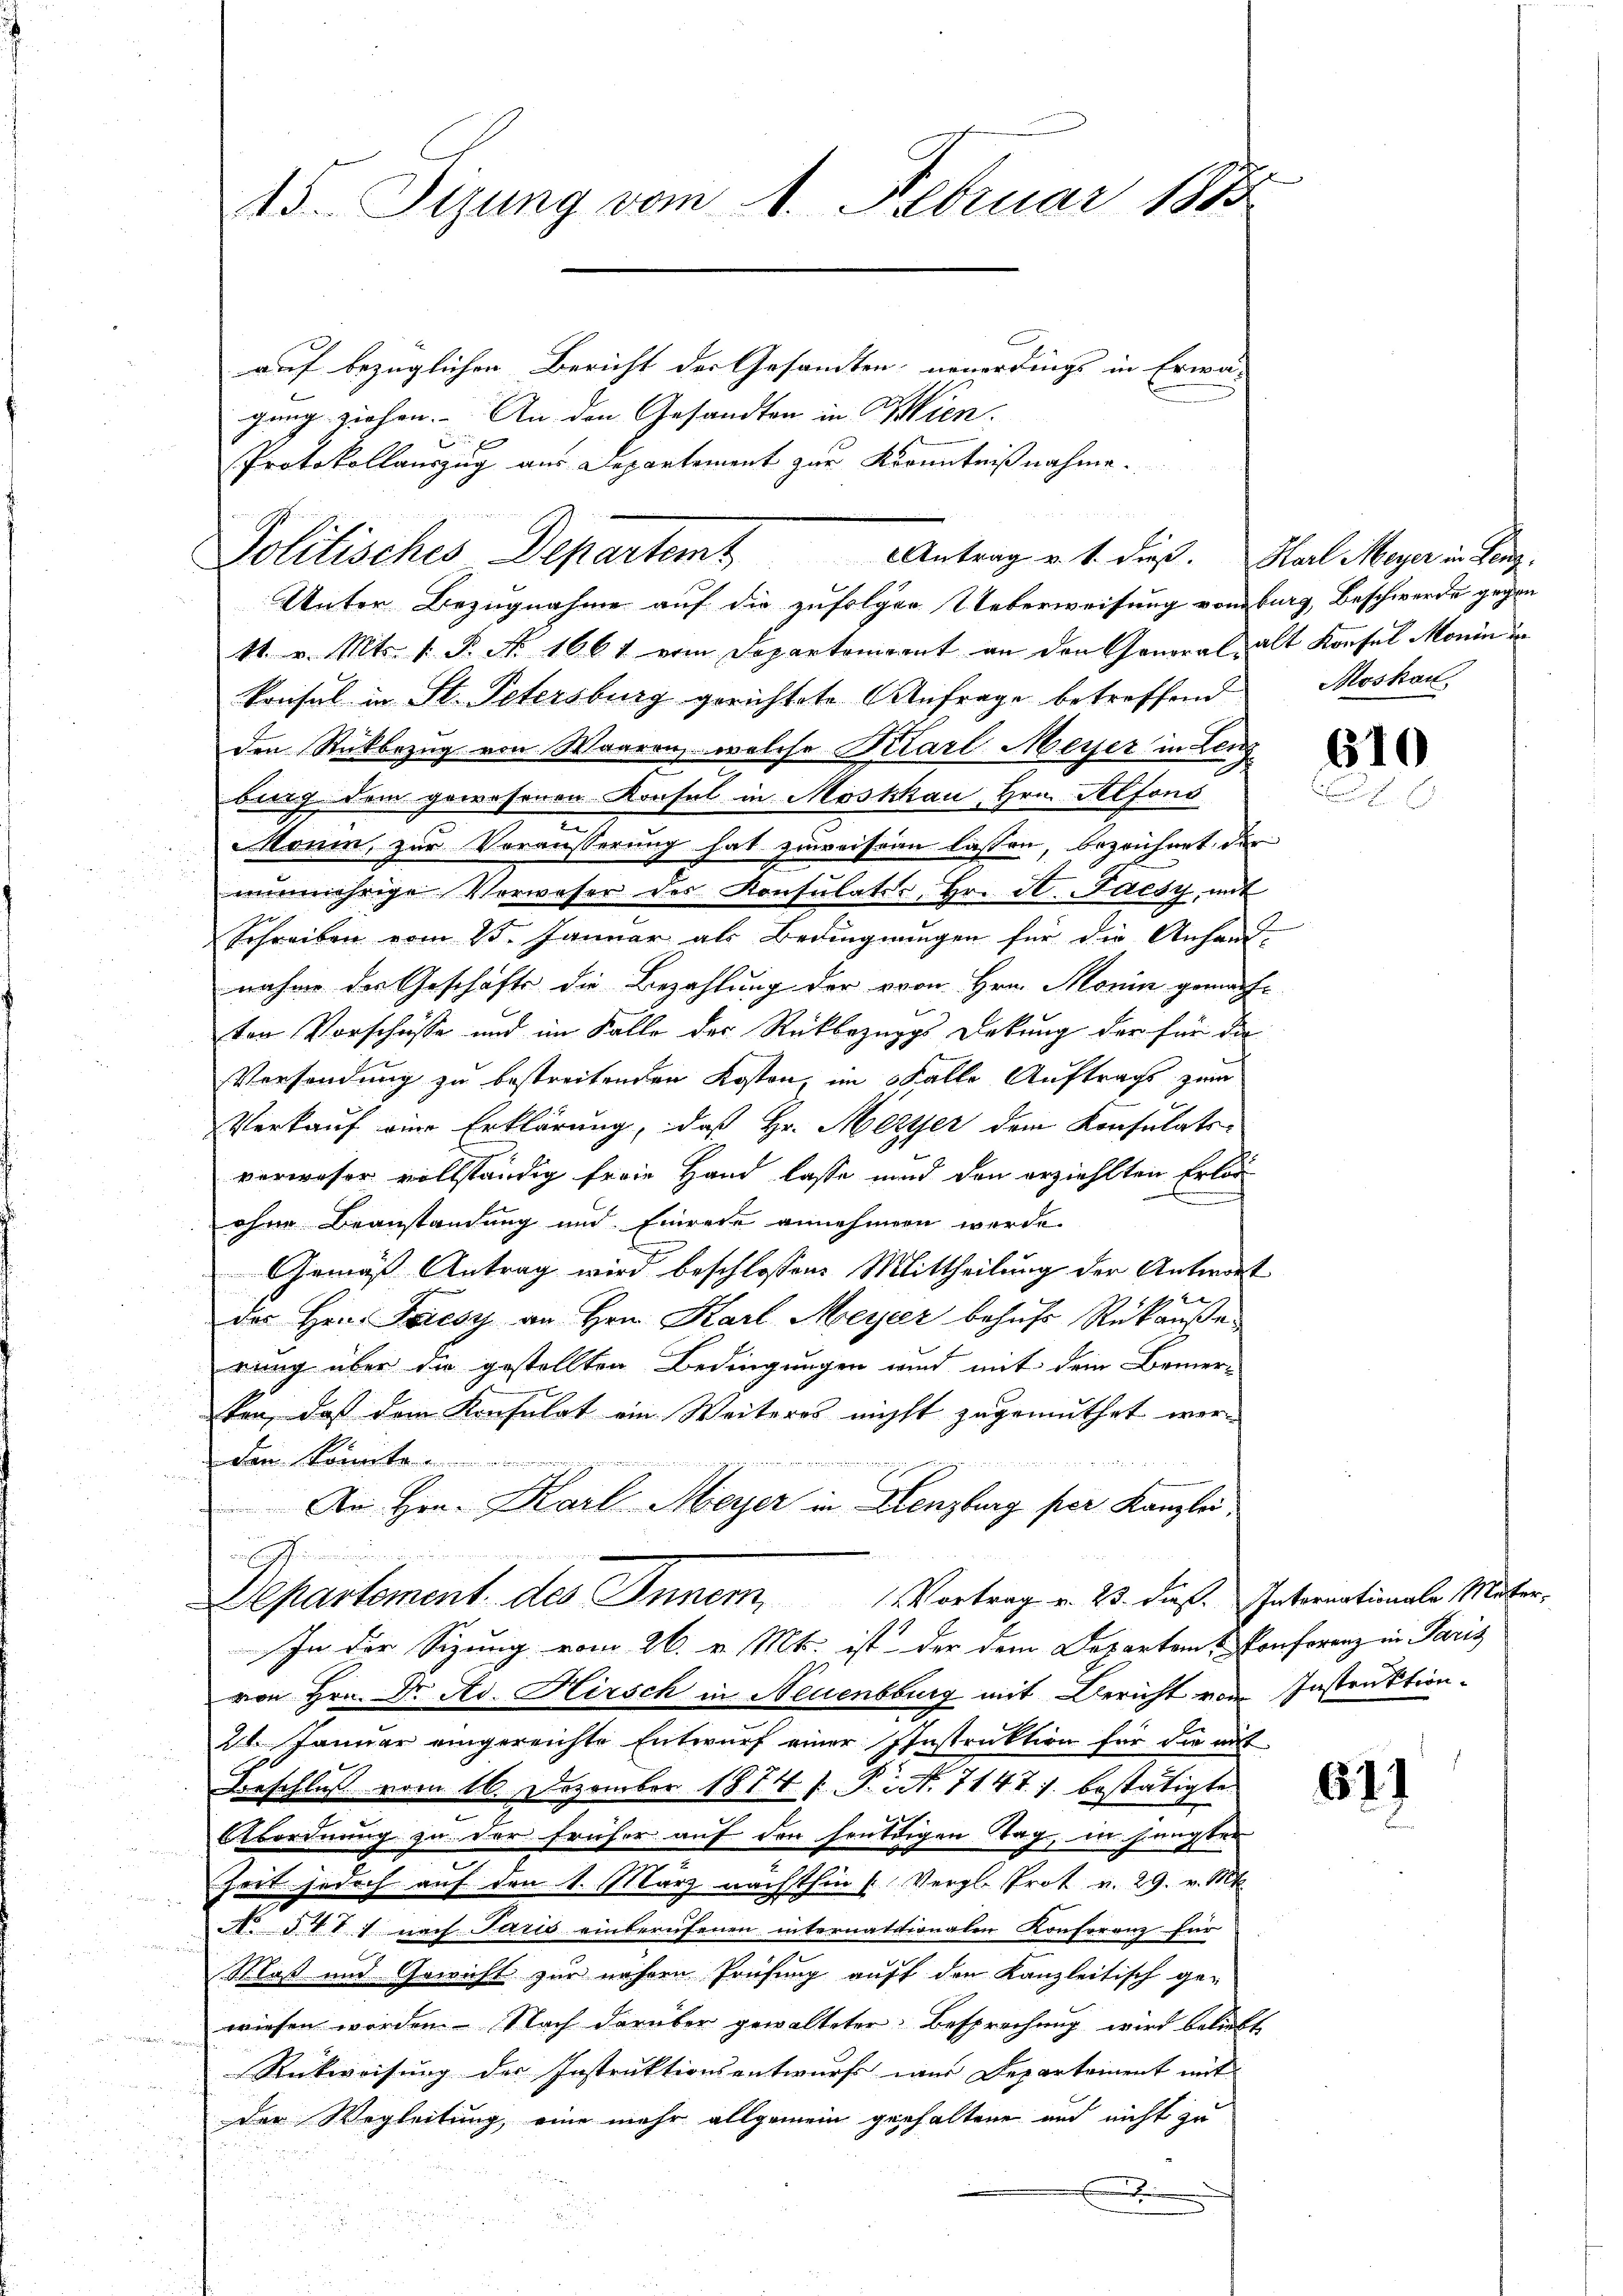
auf bezüglichen Bericht der Gesamten neuerdings in Erwä-
gung ziehen. An den Gesandten in Wien.
Protokollauszug aus Departement zur Kenntnißnahme.
Unter Bezugnahme auf die zufolger Ueberweisung von burg, Beschwerde gegen
11. v. Mts. 1. P. Nr. 1667 vom Departement an den General alt Konfel Monin un
Konsul in St. Petersburg gerichtete Anfrage betreffend
den Rückbezug von Waaren, welche Karl Meyer in Lenz
burg dem gewesenen Konsul in Moskkau, Hrn. Alfons
n
Moni, zur Veräusserung hat zuweisean lassen, bezeichnet der
nŭnmehrige Verweser der Konsulater, Hr. A. Jaesy, mit
Schreiben vom 13. Januar als Bedingnungen für die Anfand-
nahme der Geschäfts die Bezahlung der von Hrn. Monin gemachten Vorschüsse und im Kolle der Rückbezuggs Dekung der für da
Versendung zu bestreitenden Kosten, im Falle Auftrags zum
Verkauf eine Erklärung, daß Hr. Meyer dem Konsulats-
verweser vollständig freie Hand lasse und den erziehlten Erlös
ohne Beanstandung und Einrede annehmen werde.
Gemäß Antrag wird beschlossen: Mittheilung der Antwort
2
des Hrn. Friesy an Hrn. Karl Meyer behufs Rükanse
rung über die gestellten Bedingungen wird mit dem Bemer-
ten, daß dem Konsulat ein Weiteres nicht zugemuthet wer-
dan könnte
au
An Hrn. Karl Meyer in Lenzburg per Kanzlei
.
Departement des Inner Vortrag v. 2. dieß. Internationale Mater,
In der Sizung vom 26. v. Mts. ist der dem Departen & Konferenz in Paris
von Hrn. Dr. Ad. Hirsch in Neuenburg mit Bericht vom Instruktion
21. Januar eingereichte Entwurf einer Instruktion für die mit
Beschluß vom 16. Dezember 1874 f. P. N. 7147 f. bestätigte
v
k. der
Abordnung zu der früher auf den hendigen Tag, in jüngsten
Zeit jedoch auf den 1. März nachthin Vergl. Prot v. 29. v. Mt
u
N. §411 nach Paris einberufenen internationalen Konferenz für
Maß und Gewicht zur nähern Prüfung auff den Kanzleitisch ge-
wiesen worden. Nach darüber gewalteter Besprechung wird beliebt
u
Rückweisung der Instruktionsentwurf wir Departement mit
der Wegleitung eine mehr allgemein gerhaltene aus nicht zu
e

15. Sizung vom 1. Februar 1883

Politisches Departemt. Antrag v. 1. dieß. Stal Meyer in Teig

Moskau

610

61)